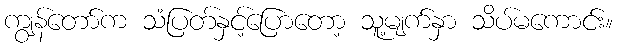
ကျွန်တော်က သံပြတ်နှင့်ပြောတော့ သူ့မျက်နှာ သိပ်မကောင်း။